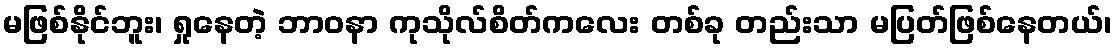
မဖြစ်နိုင်ဘူး၊ ရှုနေတဲ့ ဘာဝနာ ကုသိုလ်စိတ်ကလေး တစ်ခု တည်းသာ မပြတ်ဖြစ်နေတယ်၊